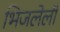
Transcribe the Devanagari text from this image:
भिजलेली